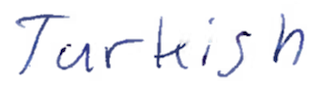
Text: Turkish
Cross-out: clean
Writing tool: ballpoint